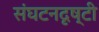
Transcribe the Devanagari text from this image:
संघटनदृष्टी